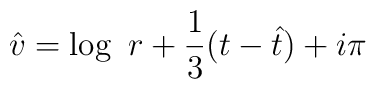
{\hat v}=\log\ r +\frac{1}{3}(t-{\hat t}) +i\pi